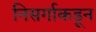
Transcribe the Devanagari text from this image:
निसर्गाकडून